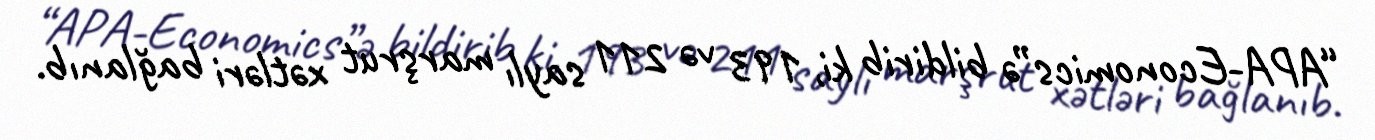
“APA-Economics”ə bildirib ki, 193 və 211 saylı marşrut xətləri bağlanıb.